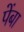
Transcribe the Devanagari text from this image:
पेंबा